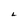
Character: 2